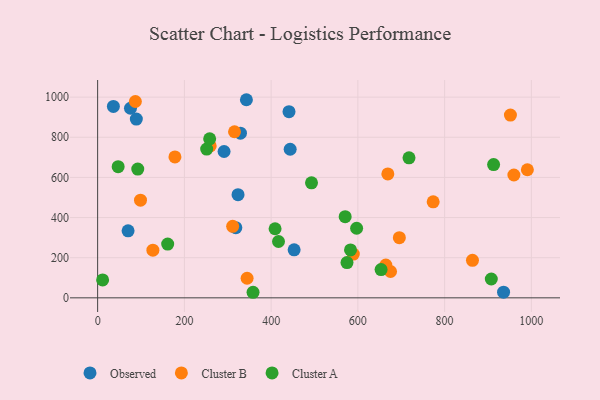
{"axis": {"x": "Experience", "y": "Profit"}, "legend": ["Cluster A", "Cluster B", "Observed"], "data": [{"x": "70.2", "y": 333.9, "type": "Observed"}, {"x": "453.0", "y": 239.3, "type": "Observed"}, {"x": "89.2", "y": 890.7, "type": "Observed"}, {"x": "75.7", "y": 944.5, "type": "Observed"}, {"x": "443.9", "y": 740.3, "type": "Observed"}, {"x": "343.0", "y": 987.1, "type": "Observed"}, {"x": "291.5", "y": 729.2, "type": "Observed"}, {"x": "329.3", "y": 820.4, "type": "Observed"}, {"x": "441.2", "y": 927.6, "type": "Observed"}, {"x": "323.7", "y": 514.2, "type": "Observed"}, {"x": "36.3", "y": 953.6, "type": "Observed"}, {"x": "935.9", "y": 28.3, "type": "Observed"}, {"x": "318.6", "y": 349.6, "type": "Observed"}, {"x": "344.6", "y": 97.5, "type": "Cluster B"}, {"x": "311.3", "y": 356.4, "type": "Cluster B"}, {"x": "773.6", "y": 478.4, "type": "Cluster B"}, {"x": "675.3", "y": 131.3, "type": "Cluster B"}, {"x": "864.2", "y": 187.1, "type": "Cluster B"}, {"x": "589.5", "y": 218.0, "type": "Cluster B"}, {"x": "259.5", "y": 756.7, "type": "Cluster B"}, {"x": "695.6", "y": 299.6, "type": "Cluster B"}, {"x": "669.1", "y": 617.4, "type": "Cluster B"}, {"x": "178.2", "y": 702.0, "type": "Cluster B"}, {"x": "315.6", "y": 827.6, "type": "Cluster B"}, {"x": "127.4", "y": 237.4, "type": "Cluster B"}, {"x": "959.7", "y": 612.1, "type": "Cluster B"}, {"x": "951.7", "y": 910.6, "type": "Cluster B"}, {"x": "990.8", "y": 638.2, "type": "Cluster B"}, {"x": "664.4", "y": 163.4, "type": "Cluster B"}, {"x": "87.0", "y": 978.2, "type": "Cluster B"}, {"x": "98.8", "y": 486.7, "type": "Cluster B"}, {"x": "493.1", "y": 573.2, "type": "Cluster A"}, {"x": "47.3", "y": 653.4, "type": "Cluster A"}, {"x": "409.1", "y": 344.1, "type": "Cluster A"}, {"x": "597.1", "y": 346.8, "type": "Cluster A"}, {"x": "417.0", "y": 280.7, "type": "Cluster A"}, {"x": "717.9", "y": 697.8, "type": "Cluster A"}, {"x": "570.7", "y": 404.6, "type": "Cluster A"}, {"x": "574.9", "y": 175.6, "type": "Cluster A"}, {"x": "251.4", "y": 741.1, "type": "Cluster A"}, {"x": "912.9", "y": 664.2, "type": "Cluster A"}, {"x": "92.5", "y": 641.4, "type": "Cluster A"}, {"x": "258.3", "y": 792.4, "type": "Cluster A"}, {"x": "11.5", "y": 89.2, "type": "Cluster A"}, {"x": "653.5", "y": 141.0, "type": "Cluster A"}, {"x": "583.0", "y": 238.9, "type": "Cluster A"}, {"x": "358.3", "y": 27.7, "type": "Cluster A"}, {"x": "161.5", "y": 267.7, "type": "Cluster A"}, {"x": "907.6", "y": 93.8, "type": "Cluster A"}]}